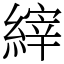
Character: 縡